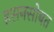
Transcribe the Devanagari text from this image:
हसनसोबत